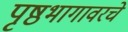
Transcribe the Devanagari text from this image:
पृष्ठभागावरचे